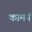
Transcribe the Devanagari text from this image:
कामगं